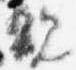
親